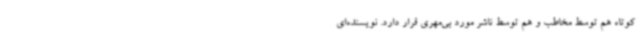
کوتاه هم توسط مخاطب و هم توسط ناشر مورد بی‌مهری قرار دارد. نویسنده‌ای